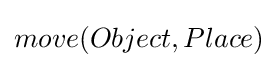
move(Object,Place)